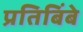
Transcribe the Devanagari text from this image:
प्रतिबिंबे